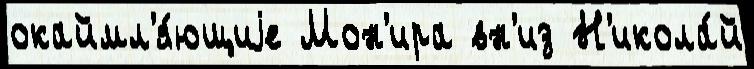
окаймл'я́ющиjе Мон'ира вн'из Н'икола́й